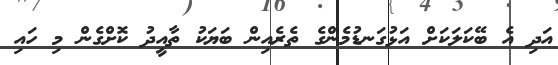
އަދި އެ ބޭކަލަކަށް އަޅުގަނޑުމެންގެ ތެރެއިން ބަޔަކު ތާއީދު ކޮށްގެން މި ހައި